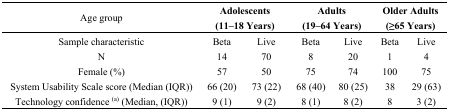
<table><thead><tr><td><b>Age group</b></td><td colspan="2"><b>Adolescents (11–18 Years)</b></td><td colspan="2"><b>Adults (19–64 Years)</b></td><td colspan="2"><b>Older Adults (≥65 Years)</b></td></tr></thead><tbody><tr><td>Sample characteristic</td><td>Beta</td><td>Live</td><td>Beta</td><td>Live</td><td>Beta</td><td>Live</td></tr><tr><td>N</td><td>14</td><td>70</td><td>8</td><td>20</td><td>1</td><td>4</td></tr><tr><td>Female (%)</td><td>57</td><td>50</td><td>75</td><td>74</td><td>100</td><td>75</td></tr><tr><td>System Usability Scale score (Median (IQR))</td><td>66 (20)</td><td>73 (22)</td><td>68 (40)</td><td>80 (25)</td><td>38</td><td>29 (63)</td></tr><tr><td>Technology confidence <sup>(a)</sup> (Median, (IQR))</td><td>9 (1)</td><td>9 (2)</td><td>8 (1)</td><td>8 (2)</td><td>8 </td><td>3 (2)</td></tr></tbody></table>